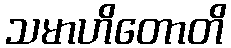
သမာဟိတောတိ